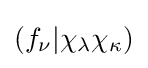
(f_{\nu }|\chi _{\lambda }\chi _{\kappa })